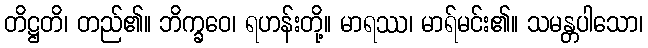
တိဋ္ဌတိ၊ တည်၏။ ဘိက္ခဝေ၊ ရဟန်းတို့။ မာရဿ၊ မာရ်မင်း၏။ သမန္တပါသော၊